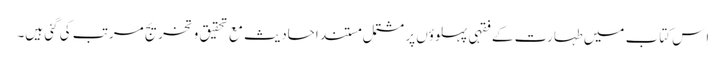
اِس کتاب میں طہارت کے فقہی پہلوؤں پر مشتمل مستند احادیث مع تحقیق و تخریج مرتب کی گئی ہیں۔